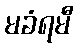
မခံရမီ